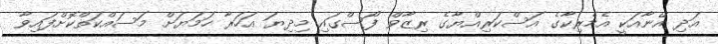
އަދި އޭނާއަކީ އެމެރިކާގެ އަސްކަރިއްޔާގެ ރިޒާވް ފޯސްގައި މިދިޔަ އަހަރާ ހަމަޔަށް މަސައްކަތްކޮށްފައިވާ